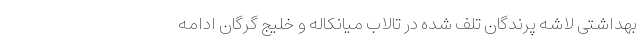
بهداشتی لاشه پرندگان تلف شده در تالاب میانکاله و خلیج گرگان ادامه